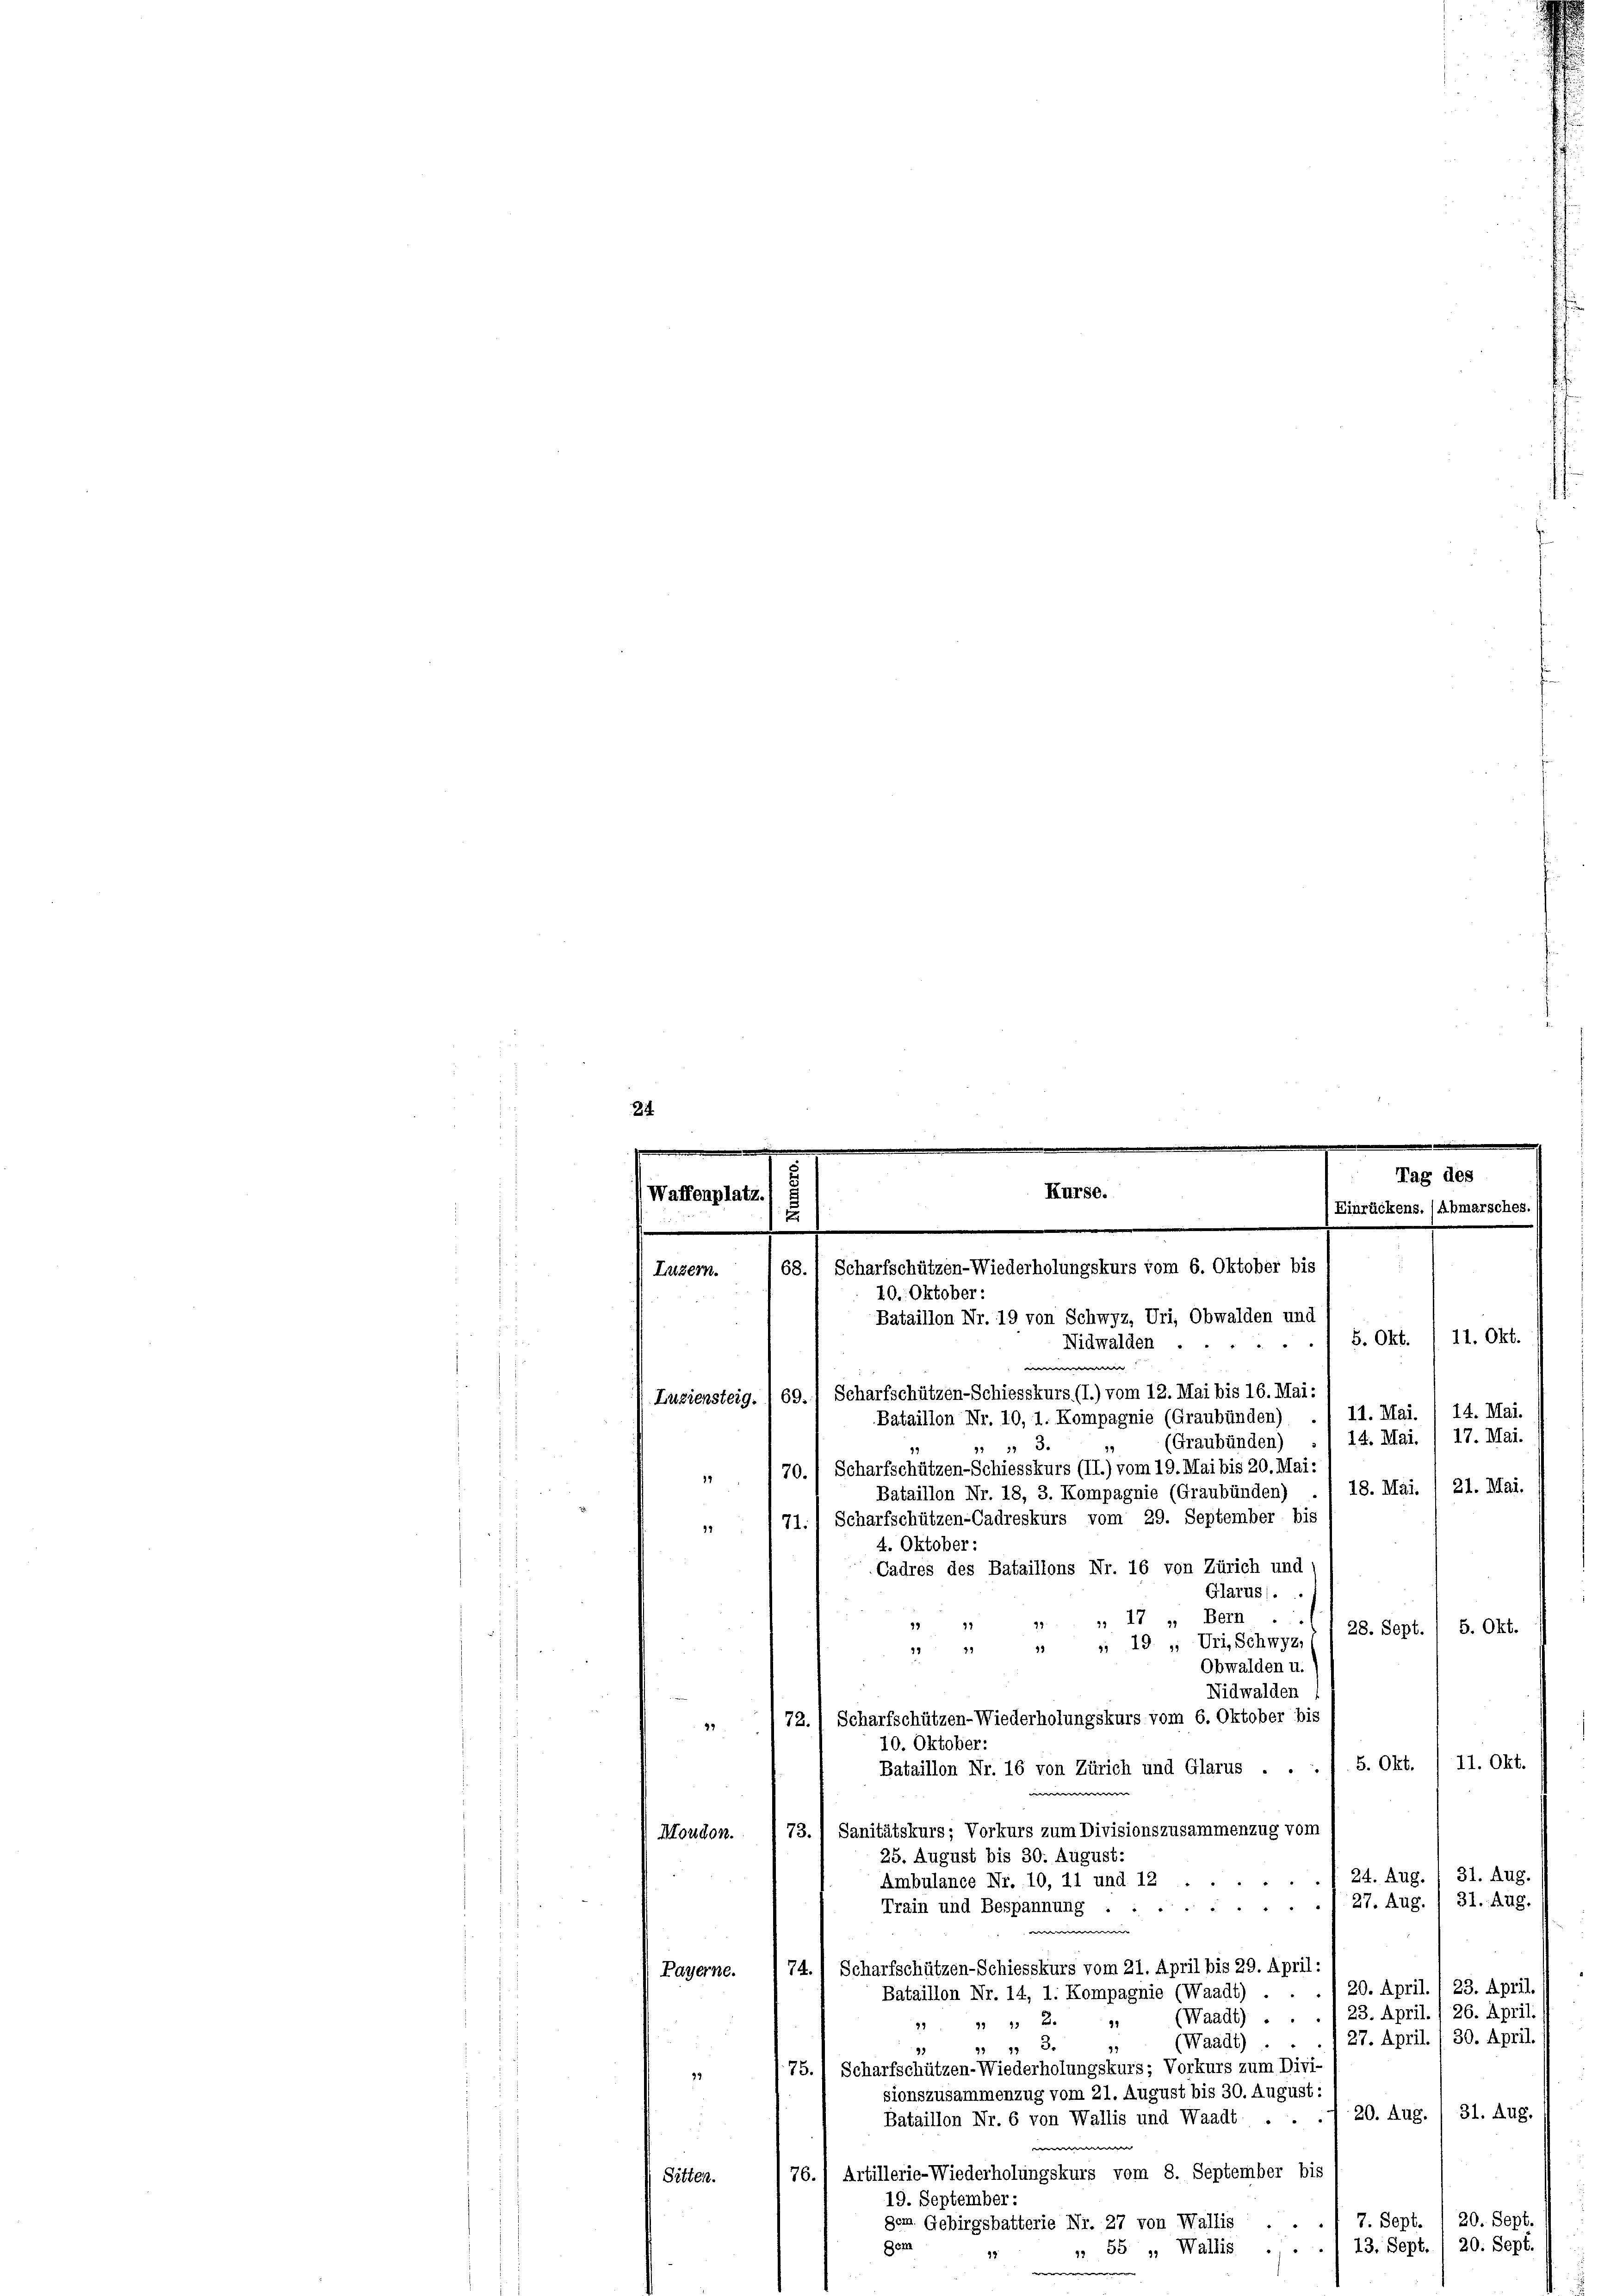
24
.
Bataillon Nr. 19 von Schwyz, Uri, Obwalden und
5. Okt. / 11. Okt.
Nidwalden .
w
Luziensteig. 169.) Scharfschützen-Schiesskurs (I.) vom 12. Mai bis 16. Mai:
14. Mai.
11. Mai.
Bataillon Nr. 10, 1. Kompagnie (Graubünden)
14. Mai. 1 17. Mai.
(Graubünden)
1 3.
70.) Scharfschützen-Schiesskurs (II.) vom 19. Mai bis 20. Mai:
17
18. Mai. 1 21. Mai.
Bataillon Nr. 18, 3. Kompagnie (Graubünden)
71.) Scharfschützen-Cadreskurs vom 29. September bis
91
4. Oktober:
Cadres des Bataillons Nr. 16 von Zürich und
Glarus.
Bern
 17 x
99.
91
99
28. Sept. / 5. Okt.
 " " " 19. „ Uri, Schwyz,
Obwalden u.
Nidwalden
d
72.) Scharfschützen-Wiederholungskurs vom 6. Oktober bis
37
10. Oktober:
5. Okt. (11. Okt.
Bataillon Nr. 16 von Zürich und Glarus . .
73.) Sanitätskurs; Vorkurs zum Divisionszusammenzug vom
Moudon.
25. August bis 30. August:
31. Aug.
24. Aug.
Ambulance Nr. 10, 11 und 12
31. Aug.
27. Aug.

Train und Bespannung
e
74.) Scharfschützen-Schiesskurs vom 21. April bis 29. April:
Payerne.
20. April. / 23. April
Bataillon Nr. 14, 1. Kompagnie (Waadt) .
23. April., 26. April.
(Waadt) . .
1 1 29
29
27. April. /30. April.
(Waadt).
 1 3.
49
75. 1 Scharfschützen-Wiederholungskurs; Vorkurs zum Divi-
39
sionszusammenzug vom 21. August bis 30. August:
Bataillon Nr. 6 von Wallis und Waadt . . . 20. Aug. / 31. Aug.

76.) Artillerie-Wiederholungskurs vom 8. September bis
Sitten.
19. September:
7
20. Sept
7. Sept.
gem. Gebirgsbatterie Nr. 27 von Wallis
 55 „ Wallis . . . . 13. Sept. / 20. Sept.
Dem
13
e

.
h
Tag des
Kurse.
Waffenplatz.
Einrückens. (Abmarsches.
2
d Rech
.
68. 1 Scharfschützen-Wiederholungskurs vom 6. Oktober bis
Luzern.
10. Oktober: